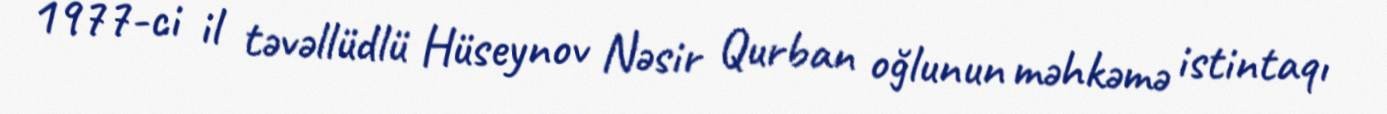
1977-ci il təvəllüdlü Hüseynov Nəsir Qurban oğlunun məhkəmə istintaqı